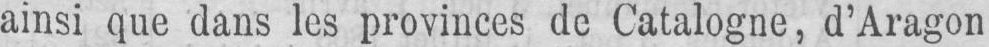
ainsi que dans les provinces de Catalogne, d’Aragon